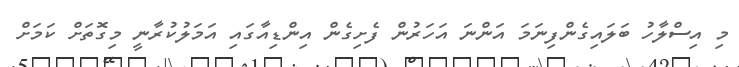
މި އިސްލާހު ބަލައިގެންފިނަމަ އަންނަ އަހަރުން ފެށިގެން އިންޑިއާގައި އަމަލުކުރާނީ މިގޮތަށް ކަމަށް